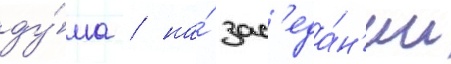
ду́ма / на́ зас'еда́н'ии